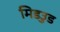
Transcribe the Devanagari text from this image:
मिडउुड